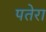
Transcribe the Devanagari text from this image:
पतेरा